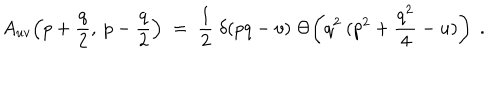
A _ { u v } \! \left( p + \frac { q } { 2 } , \: p - \frac { q } { 2 } \right) \; = \; \frac { 1 } { 2 } \; \delta ( p q - v ) \; \Theta \! \left( q ^ { 2 } \: ( p ^ { 2 } + \frac { q ^ { 2 } } { 4 } - u ) \right) \; .